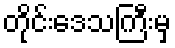
တိုင်းဒေသကြီးမှ